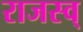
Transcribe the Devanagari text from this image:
राजस्व्